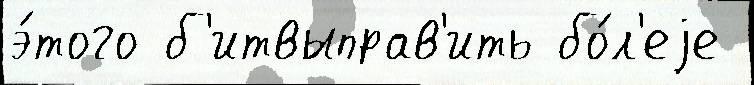
э́того б'итвыправ'ить бо́л'еjе